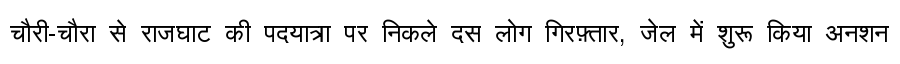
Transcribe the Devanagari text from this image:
चौरी-चौरा से राजघाट की पदयात्रा पर निकले दस लोग गिरफ़्तार, जेल में शुरू किया अनशन